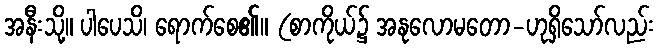
အနီးသို့။ ပါပေသိ၊ ရောက်စေ၏။ (စာကိုယ်၌ အနုလောမတော-ဟုရှိသော်လည်း